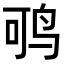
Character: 𬸂